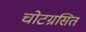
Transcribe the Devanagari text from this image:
चोटग्रसित